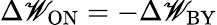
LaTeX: \Delta\mathscr{W}_{\mathrm{{ON}}}=-\Delta\mathscr{W}_{\mathrm{{BY}}}